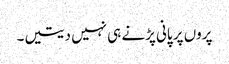
پروں پر پانی پڑنے ہی نہیں دیتیں۔